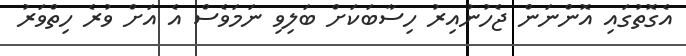
އެގޮތުގައި އޮންނަން ޖެހުނުއިރު ހިސާބަކަށް ބަލިވި ނަމަވެސް އެ އަށް ވުރެ ހިތްވަރު